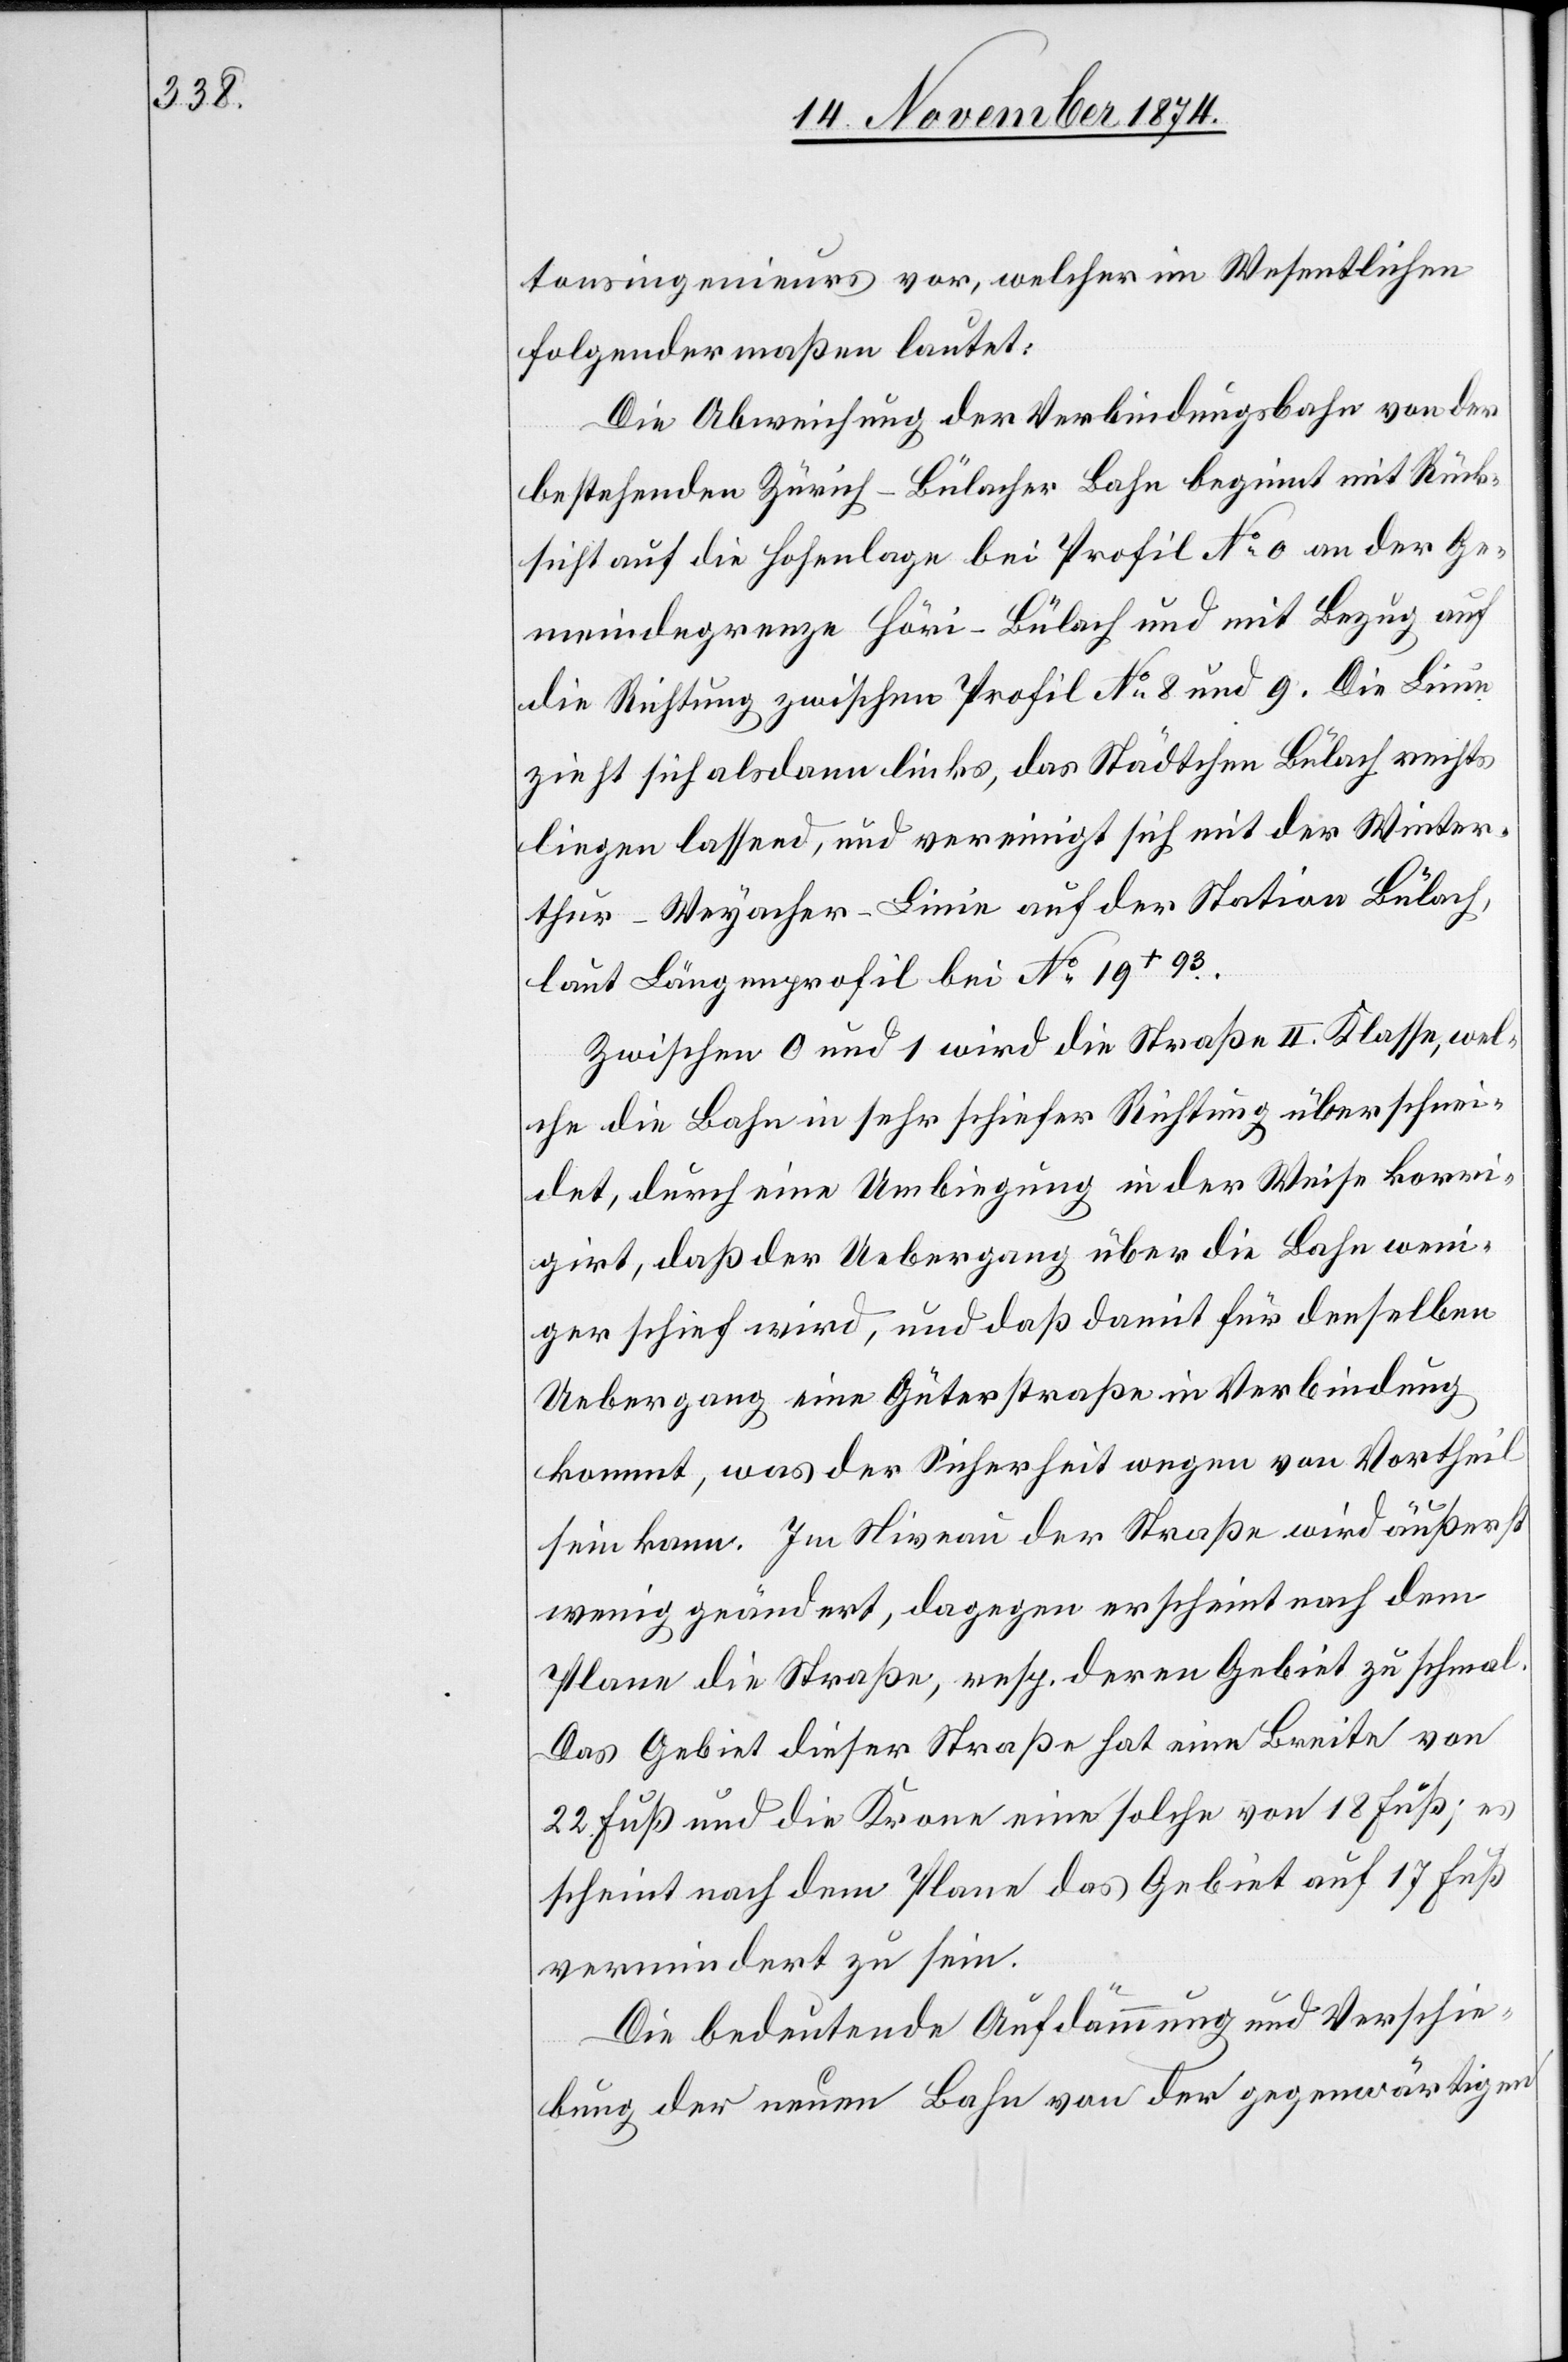
tonsingenieurs vor, welches im Wesentlichen
folgendermaßen lautet:
Die Abweichung der Verbindungsbahn von der
bestehenden Zürich–Bülacher Bahn beginnt mit Rück¬
sicht auf die Hohenlage [sic!] bei Profil No 0 an der Ge¬
meindegrenze Höri-Bülach und mit Bezug auf
die Richtung zwischen Profil No 8 und 9. Die Linie
zieht sich alsdann links, das Städtchen Bülach rechts
liegen lassend, und vereinigt sich mit der Winter¬
thur–Weyacher-Linie auf der Station Bülach,
laut Längenprofil bei No 10+93.
Zwischen 0 und 1 wird die Straße II. Klasse, wel¬
che die Bahn in sehr schiefer Richtung überschnei¬
det, durch eine Umbiegung in der Weise korri¬
girt, daß der Uebergang über die Bahn weni¬
ger schief wird, und daß damit für denselben
Uebergang eine Güterstraße in Verbindung
kommt, was der Sicherheit wegen von Vortheil
sein kann. Im Niveau der Straße wird äußerst
wenig geändert, dagegen erscheint nach dem
Plane die Straße, resp. deren Gebiet zu schmal.
Das Gebiet dieser Straße hat eine Breite von
22 Fuß und die Krone eine solche von 18 Fuß; es
scheint nach dem Plane das Gebiet auf 17 Fuß
vermindert zu sein.
Die bedeutende Aufdämmung und Verschie¬
bung der neuen Bahn von der gegenwärtigen